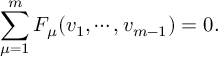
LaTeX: \sum _ { \mu = 1 } ^ { m } F _ { \mu } ( v _ { 1 } , \cdots , v _ { m - 1 } ) = 0 .